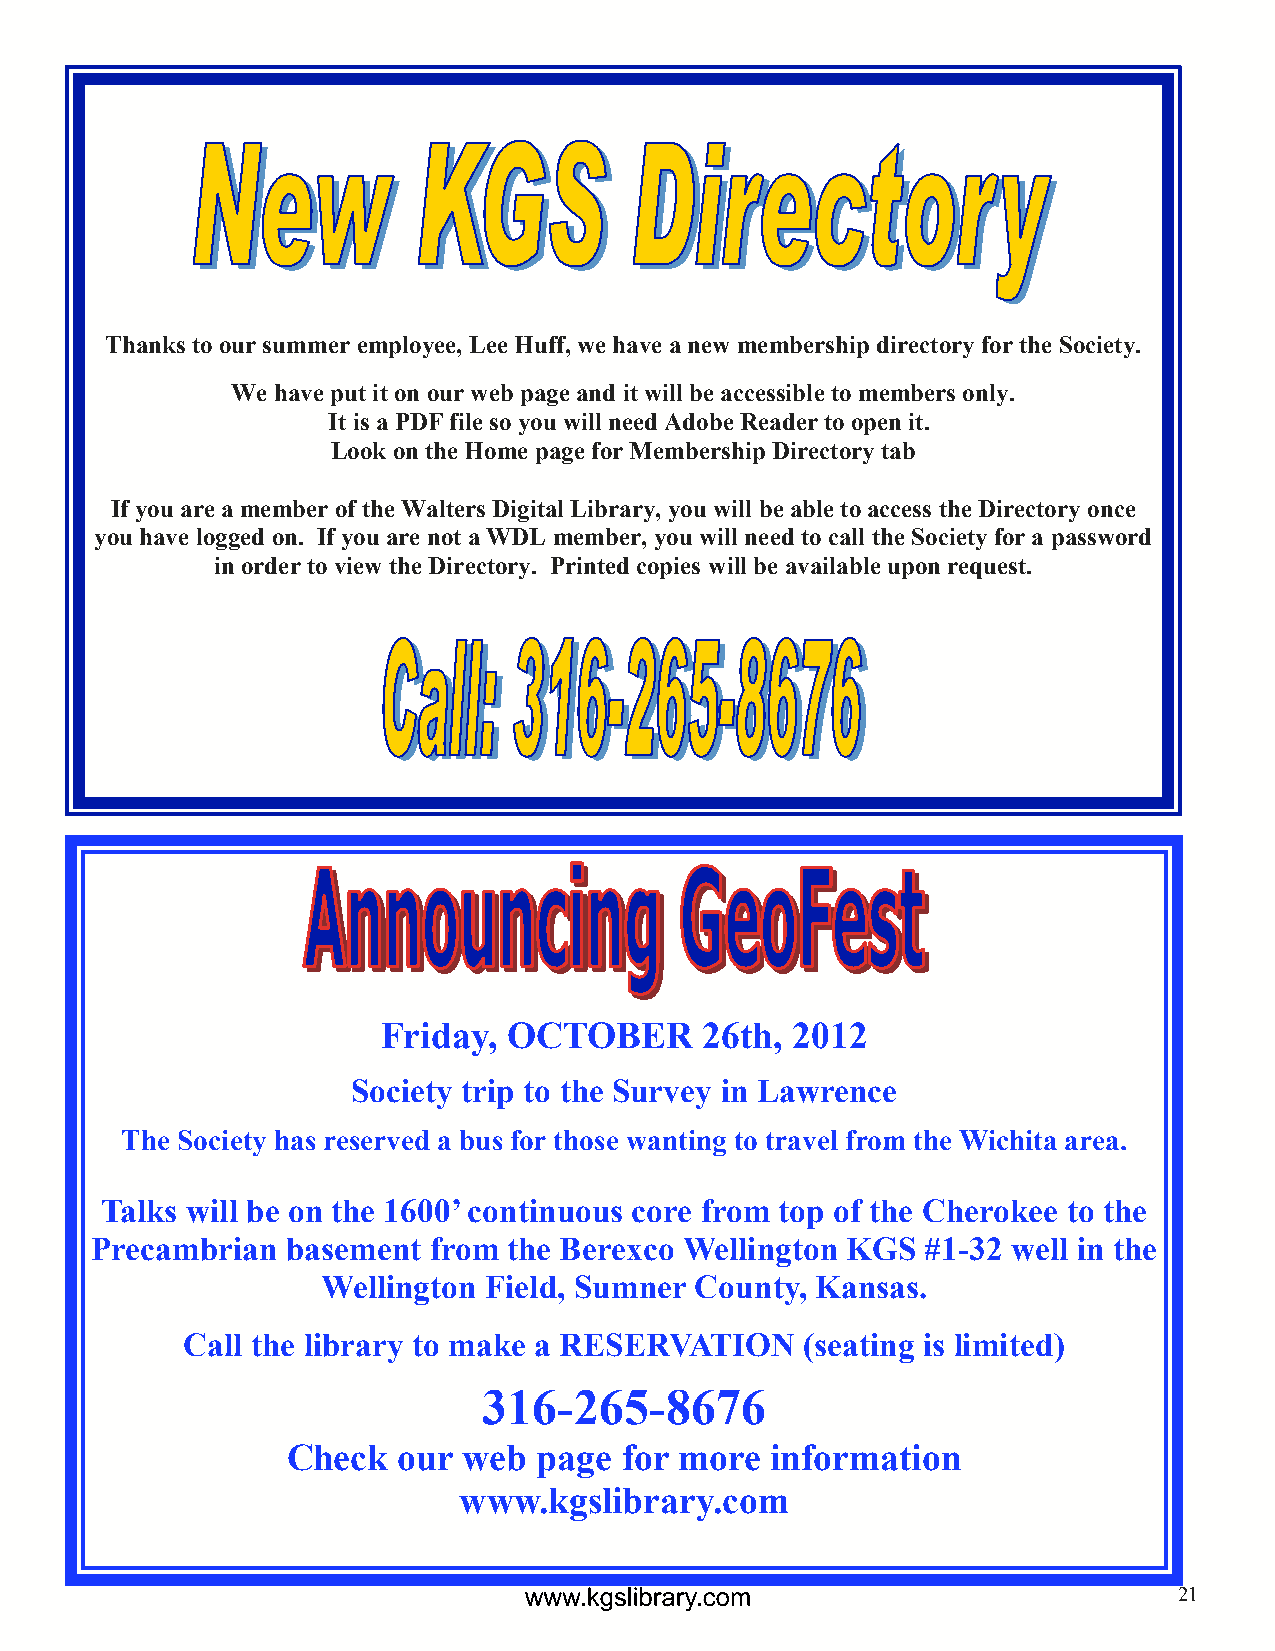
Thanks to our summer employee, Lee Huff, we have a new membership directory for the Society.
 We have put it on our web page and it will be accessible to members only.
 It is a PDF file so you will need Adobe Reader to open it.
 Look on the Home page for Membership Directory tab
 If you are a member of the Walters Digital Library, you will be able to access the Directory once
 you have logged on. If you are not a WDL member, you will need to call the Society for a password
 in order to view the Directory. Printed copies will be available upon request.
 Friday,  OCTOBER      26th, 2012
 Society trip to the Survey in Lawrence
 The Society has reserved a bus for those wanting to travel from the Wichita area.
 Talks will be on the 1600’ continuous core from top of the Cherokee to the
 Precambrian  basement from  the Berexco Wellington KGS #1-32 well in the
 Wellington Field, Sumner County, Kansas.
 Call the library to make a RESERVATION   (seating is limited)
 316-265-8676
 Check  our  web  page for more  information
 www.kgslibrary.com
 21